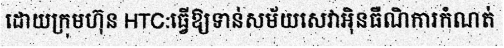
ដោយក្រុមហ៊ុន HTC:ធ្វើឱ្យទាន់សម័យសេវាអ៊ិនធឺណិការកំណត់